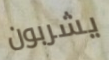
يشربون